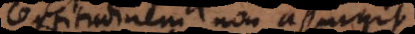
certitudinem non assurgit